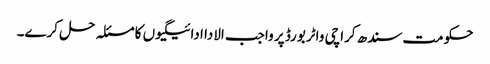
حکومت سندھ کراچی واٹر بورڈ پر واجب الادا ادائیگیوں کا مسئلہ حل کرے۔